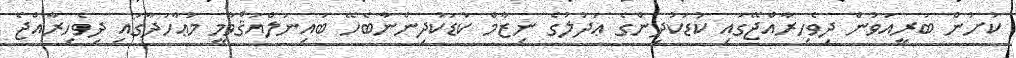
ކުށުން ބަރީއަވުން ދިވެހިރާއްޖޭގައި ކުޑަކުދިންގެ ޢަދުލުގެ ނިޒާމް ކުޑަކުދިންނާބެހޭ ބައިނަލްއަޤްވާމީ މުޢާހަދާގައި ދިވެހިރާއްޖެ